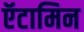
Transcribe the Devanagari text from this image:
ऍटामिन